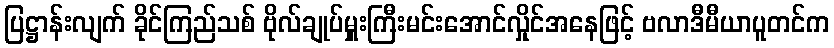
ပြဋ္ဌာန်းလျက် ခိုင်ကြည်သစ် ဗိုလ်ချုပ်မှူးကြီးမင်းအောင်လှိုင်အနေဖြင့် ဗလာဒီမီယာပူတင်က